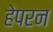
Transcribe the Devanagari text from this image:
हेपरन